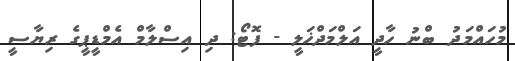
މުހައްމަދު ބްނު ހާދީ އަލްމަދްޚަލީ - ފޮޓޯ: ދި އިސްލާމް އެމްޑީޕީގެ ރިޔާސީ